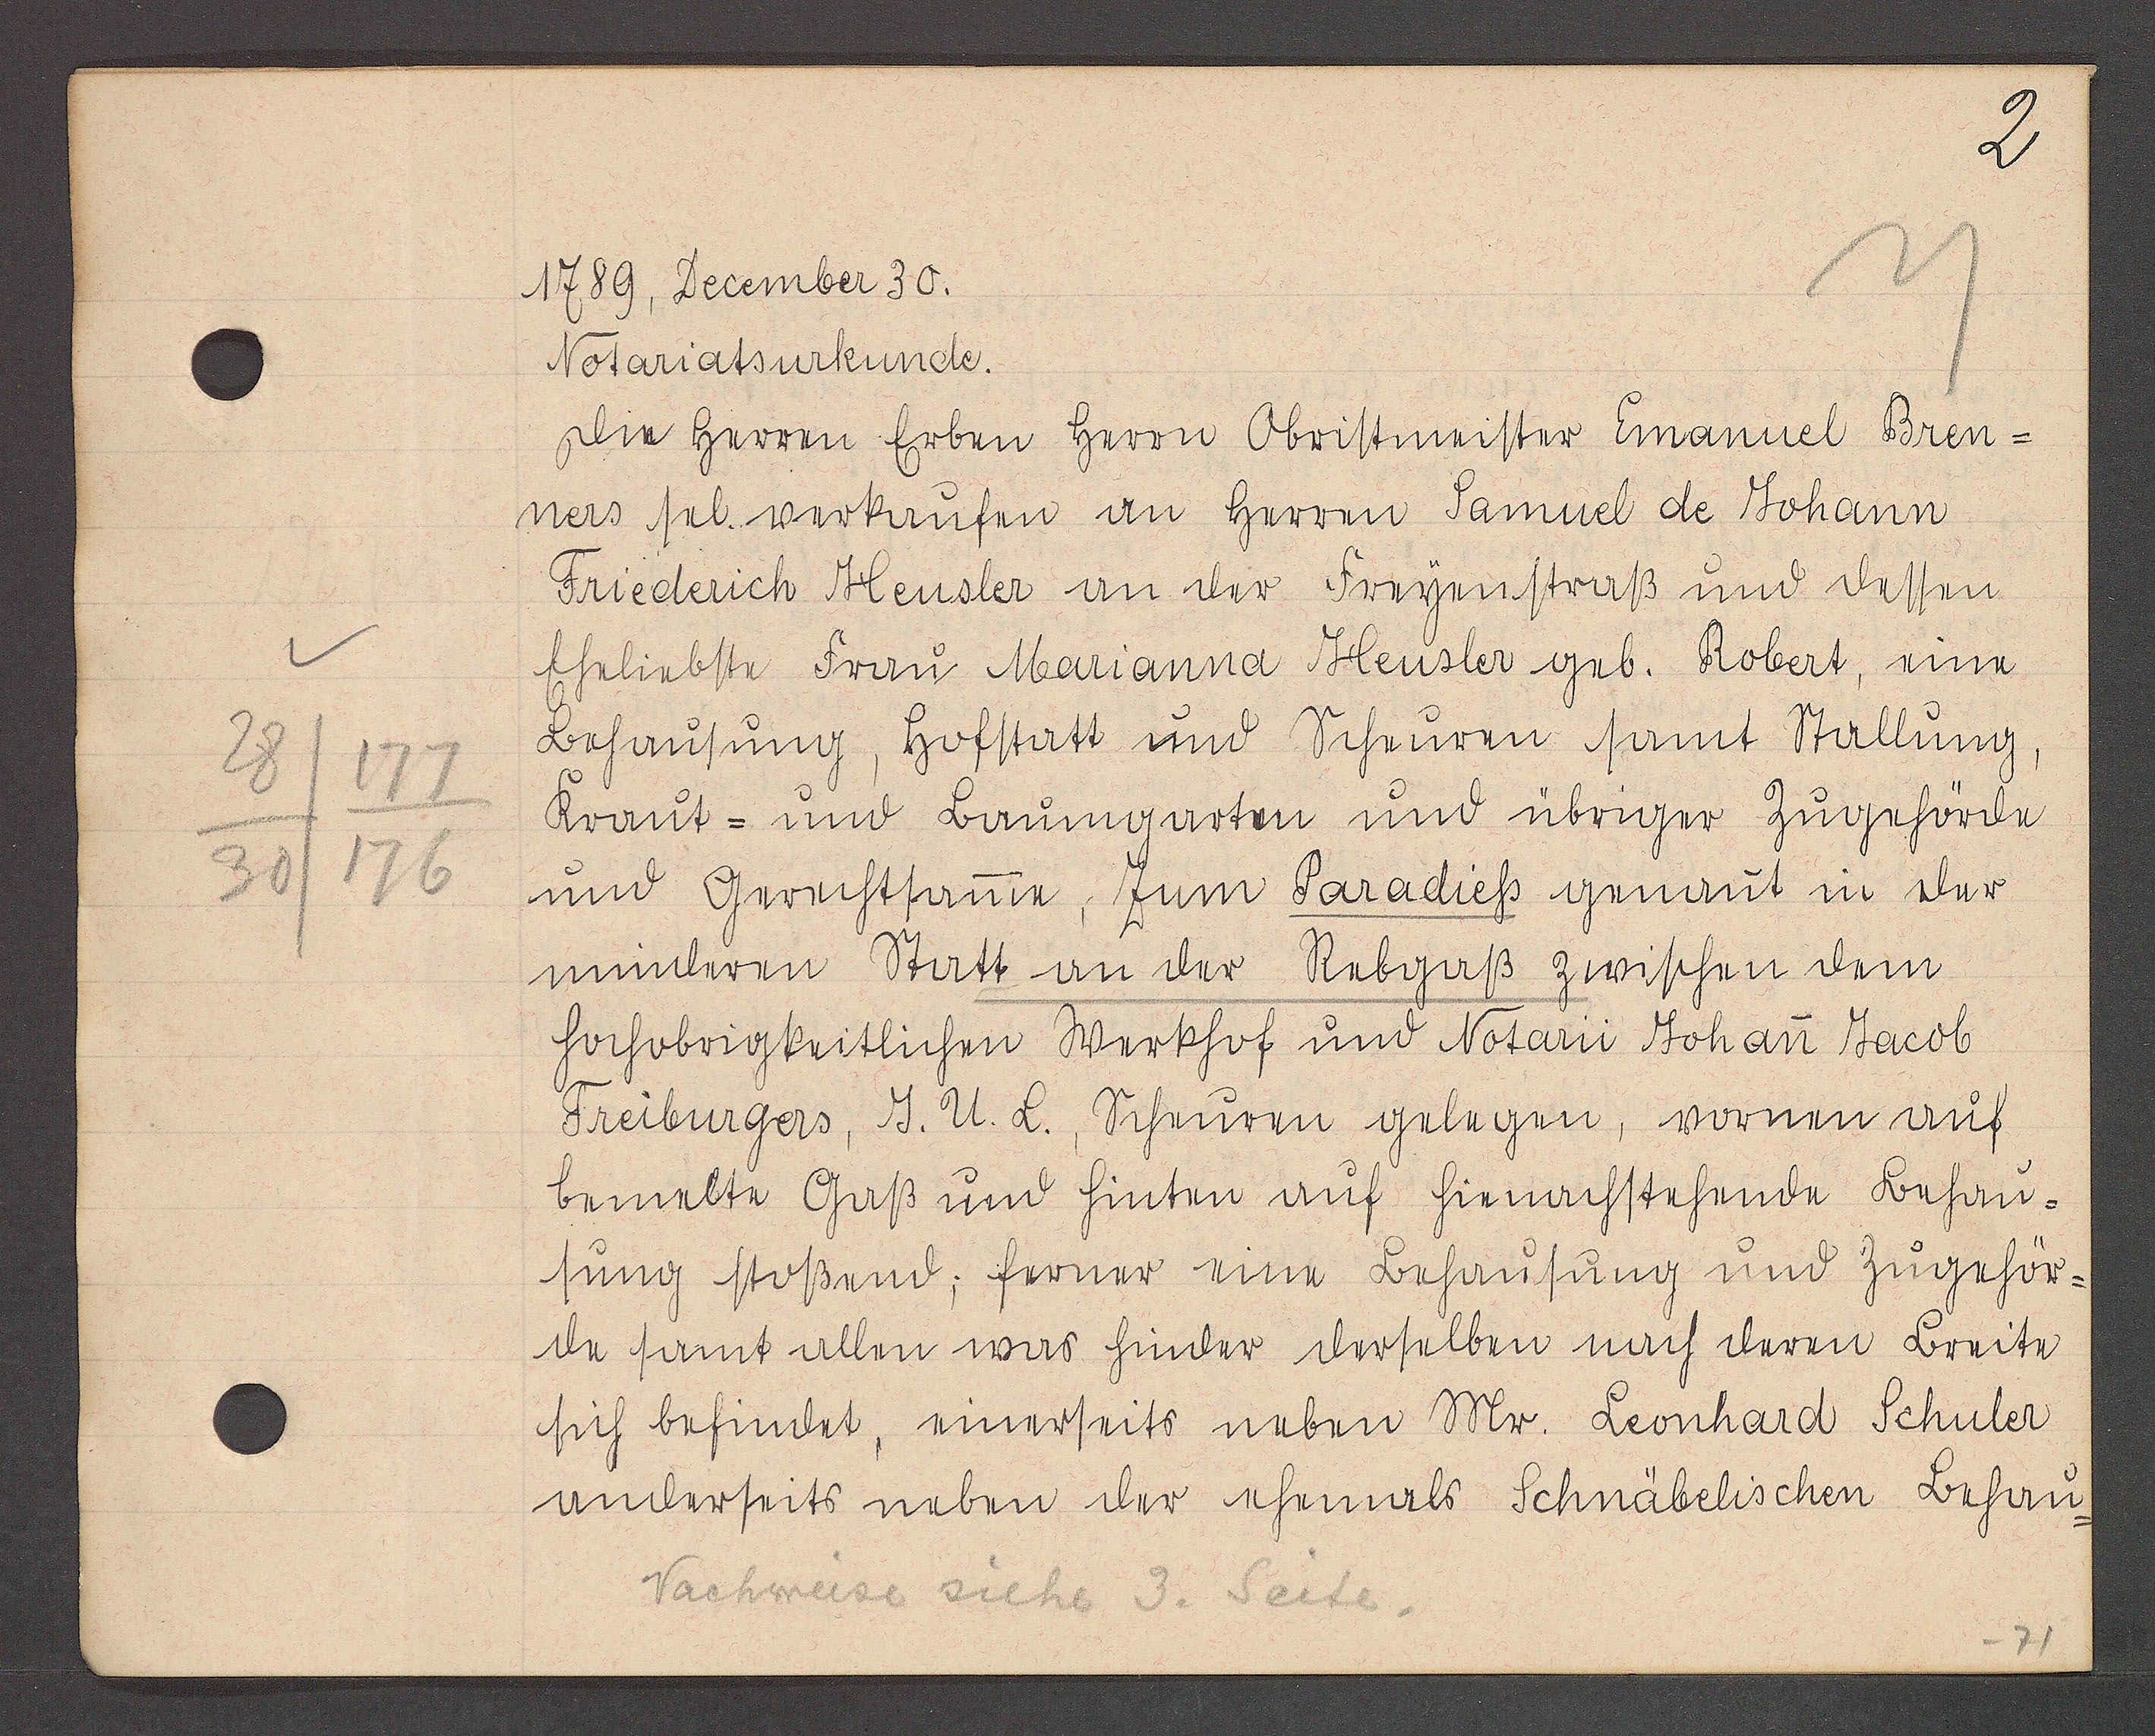
Transcript:
177
30
176

1789, December 30.

Notariatsurkunde.
die herren Erben herrn Obristmeister Emanuel Bren¬
ners sel. verkaufen an herrn Samuel de Johann
Friederich Heusler an der Freyenstraß und dessen
eheliebste Frau Marianna Heusler geb. Robert, eine
Behausung, hofstatt und Scheuren samt Stallung,
kraut- und baumgarten und übriger Zugehörde
und Gerechtsame zum Paradiess genant in der
mindern Statt an der Rebgaß zwischen dem
hochobrigkeitlichen Werkhof und Notarii Johan Jacob
Freiburgers, J. U. B. Scheuren gelegen, vornen auf
bemelte Gaß und hinten auf hiernachstehende Behau¬
sung stoßand; ferner eine Behausung und Zugehör-
de samt allem was hinder derselben nach deren Breite
sich befindet, einerseits neben Mr. Leonhard Schuler
anderseits neben der ehemals Schnäbelischen Behau-

Nachweise siehe 3. Seite.

-71